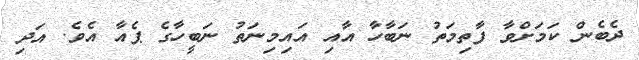
ދެބެން ކަމަށްވާ ފާތިމަތު ނަބާހާ އާއި އައިމިނަތު ނަބީހާގެ ޕެއާ އެވެ. އަދި